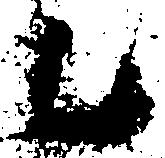
乙